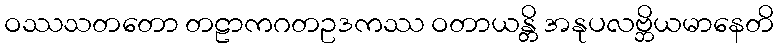
ဝဿသတတော တဠာကဂတဥဒကဿ ဝတာယန္တိ အနုပလဗ္ဘိယမာနေတိ